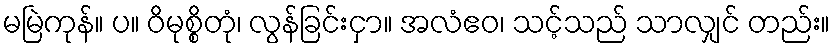
မမြဲကုန်။ ပ။ ဝိမုစ္စိတုံ၊ လွန်ခြင်းငှာ။ အလံဧဝ၊ သင့်သည် သာလျှင် တည်း။